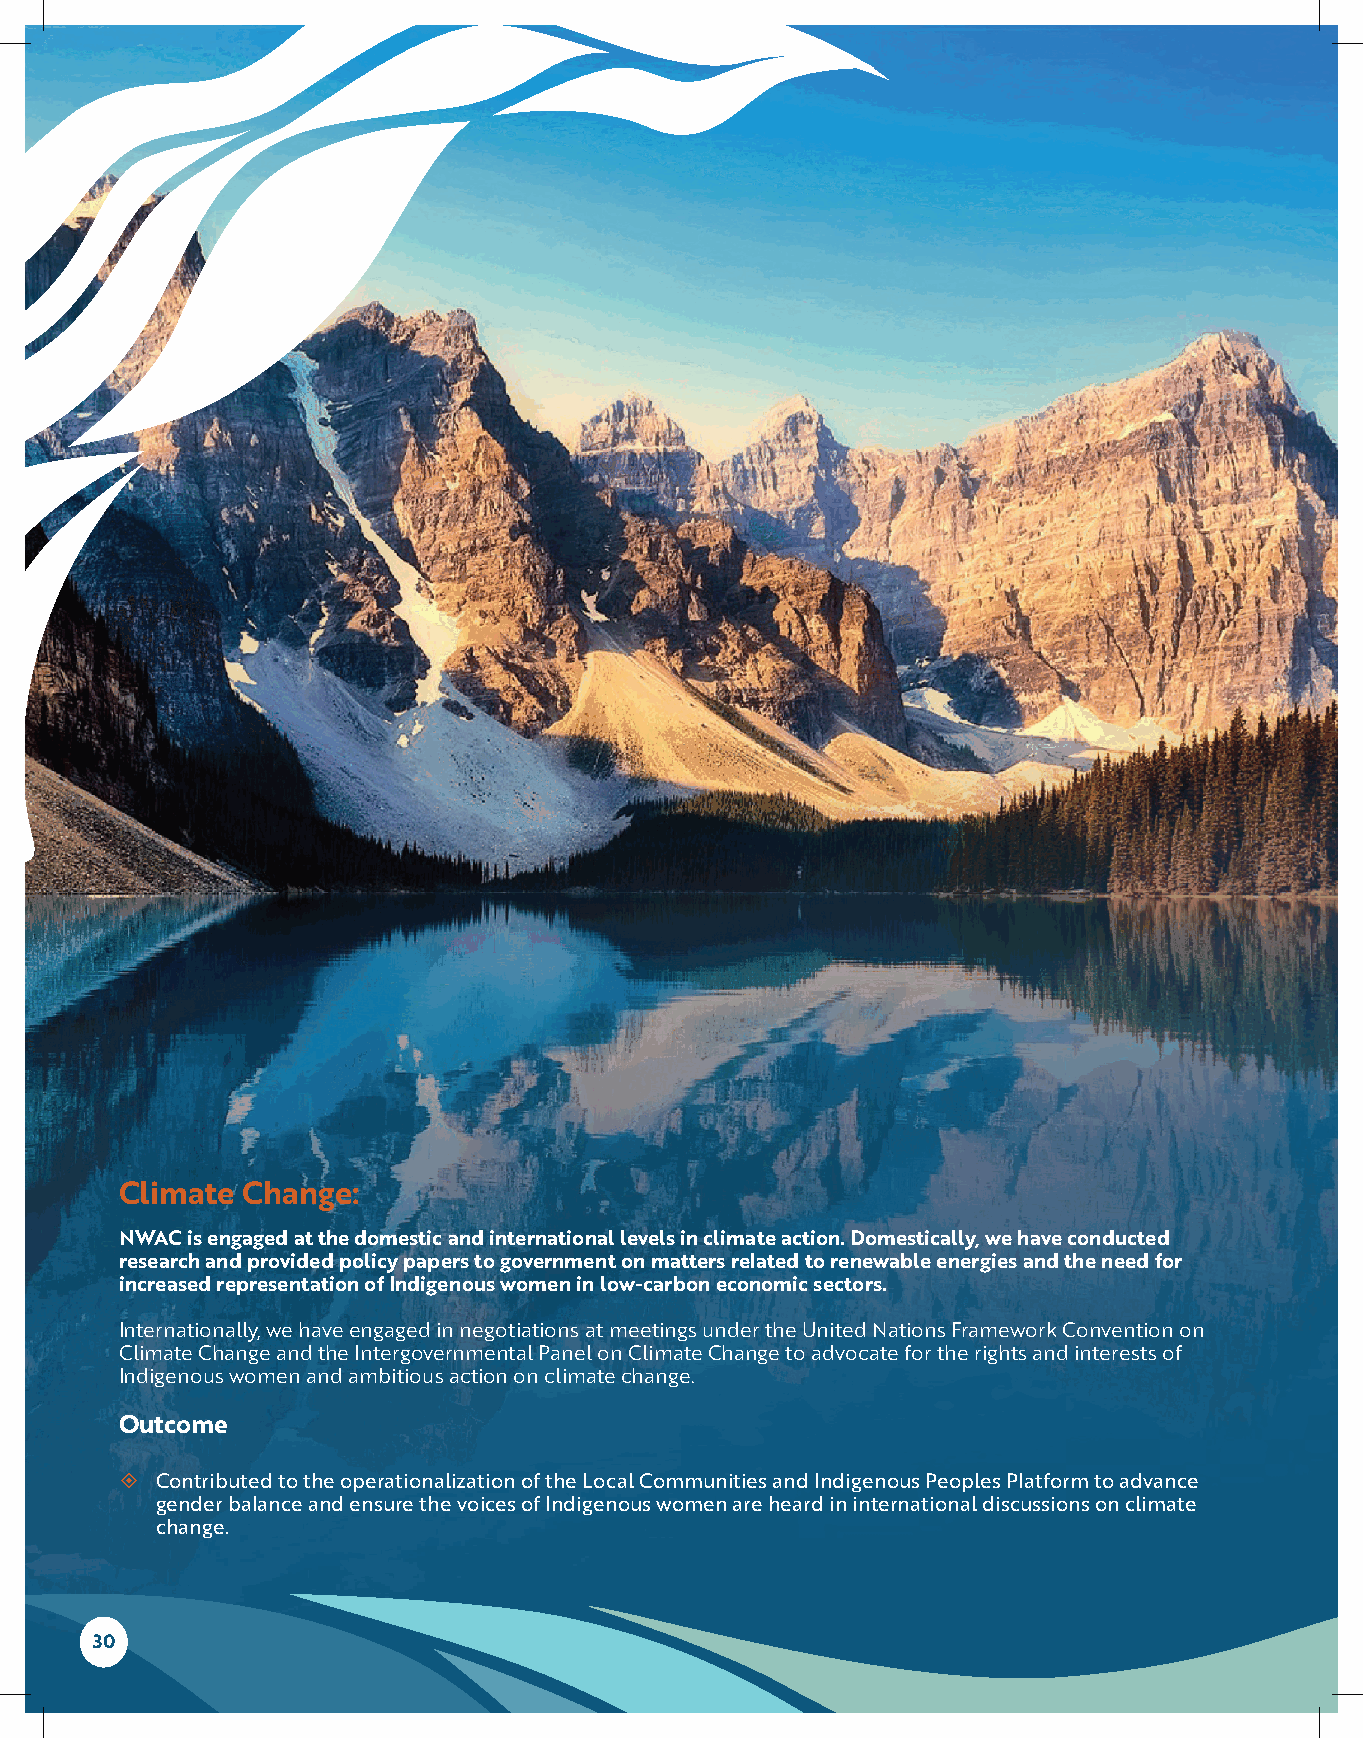
Climate Change:
 NWAC is engaged at the domestic and international levels in climate action. Domestically, we have conducted
 research and provided policy papers to government on matters related to renewable energies and the need for
 increased representation of Indigenous women in low-carbon economic sectors.
 Internationally, we have engaged in negotiations at meetings under the United Nations Framework Convention on
 Climate Change and the Intergovernmental Panel on Climate Change to advocate for the rights and interests of
 Indigenous women and ambitious action on climate change.
 Outcome
  Contributed to the operationalization of the Local Communities and Indigenous Peoples Platform to advance
 gender balance and ensure the voices of Indigenous women are heard in international discussions on climate
 change.
 30